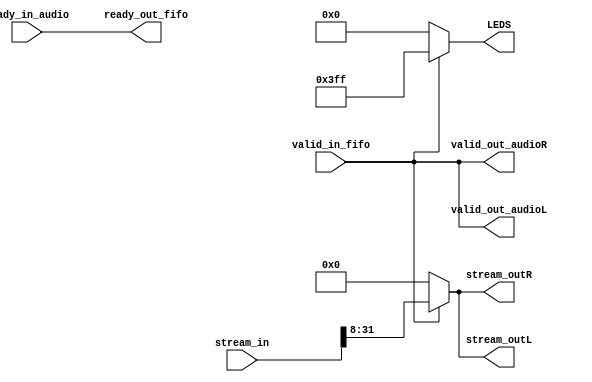
module DSP(
				valid_in_fifo,
				ready_out_fifo,
				valid_out_audioL,
				valid_out_audioR,
				ready_in_audio,
				LEDS,
				stream_in,
				stream_outL,
				stream_outR
				);
				
input 	      valid_in_fifo;
output 		   ready_out_fifo;
//input				valid_in_audio;
input				ready_in_audio;

output valid_out_audioL;
output valid_out_audioR;

output [9:0] LEDS;

input   [31:0] stream_in;
output  [23:0] stream_outL;
output  [23:0] stream_outR;

wire ready_out_fifo=ready_in_audio;

wire valid_out_audioL=valid_in_fifo;
wire valid_out_audioR=valid_in_fifo;

//wire [23:0]stream_outR=stream_in[31:8];
//wire [23:0]stream_outL=stream_in[31:8];

reg [23:0] stream_out_signalL;
reg [23:0] stream_out_signalR;

reg [9:0]  leds_signal;

wire [23:0]stream_outL=stream_out_signalL[23:0];
wire [23:0]stream_outR=stream_out_signalR[23:0];

wire [9:0] LEDS=leds_signal;

//output valid_out_fifo;
//output ready_out_fifo;
//output valid_out_audio;
//output ready_out_audio;

always @(valid_in_fifo, stream_in)
begin
	if(valid_in_fifo==1)
		begin
			stream_out_signalL[23:0]=stream_in[31:8];
			stream_out_signalR[23:0]=stream_in[31:8];
			leds_signal[9:0]=10'h0x3FF;
		end
	else
		begin
			stream_out_signalL[23:0]=24'd0;
			stream_out_signalR[23:0]=24'd0;		
			leds_signal[9:0]=10'h0;
		end
end
//wire valid_out_fifo=valid_in_fifo;
//wire ready_out_fifo=ready_in_fifo;
//wire valid_out_audio=valid_in_audio;
//wire ready_out_audio=ready_in_audio;

endmodule